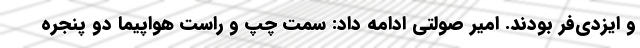
و ایزدی‌فر بودند. امیر صولتی ادامه داد: سمت چپ و راست هواپیما دو پنجره